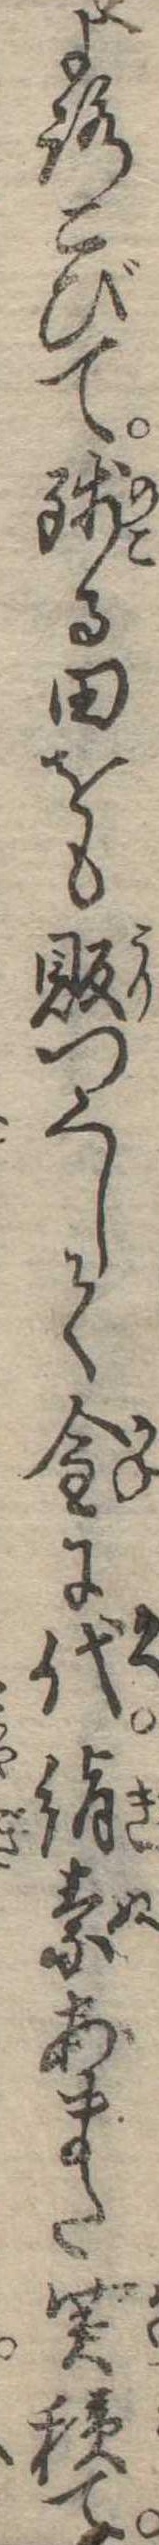
よろこびて残る田をも販つくして金に代絹素あまた買積て